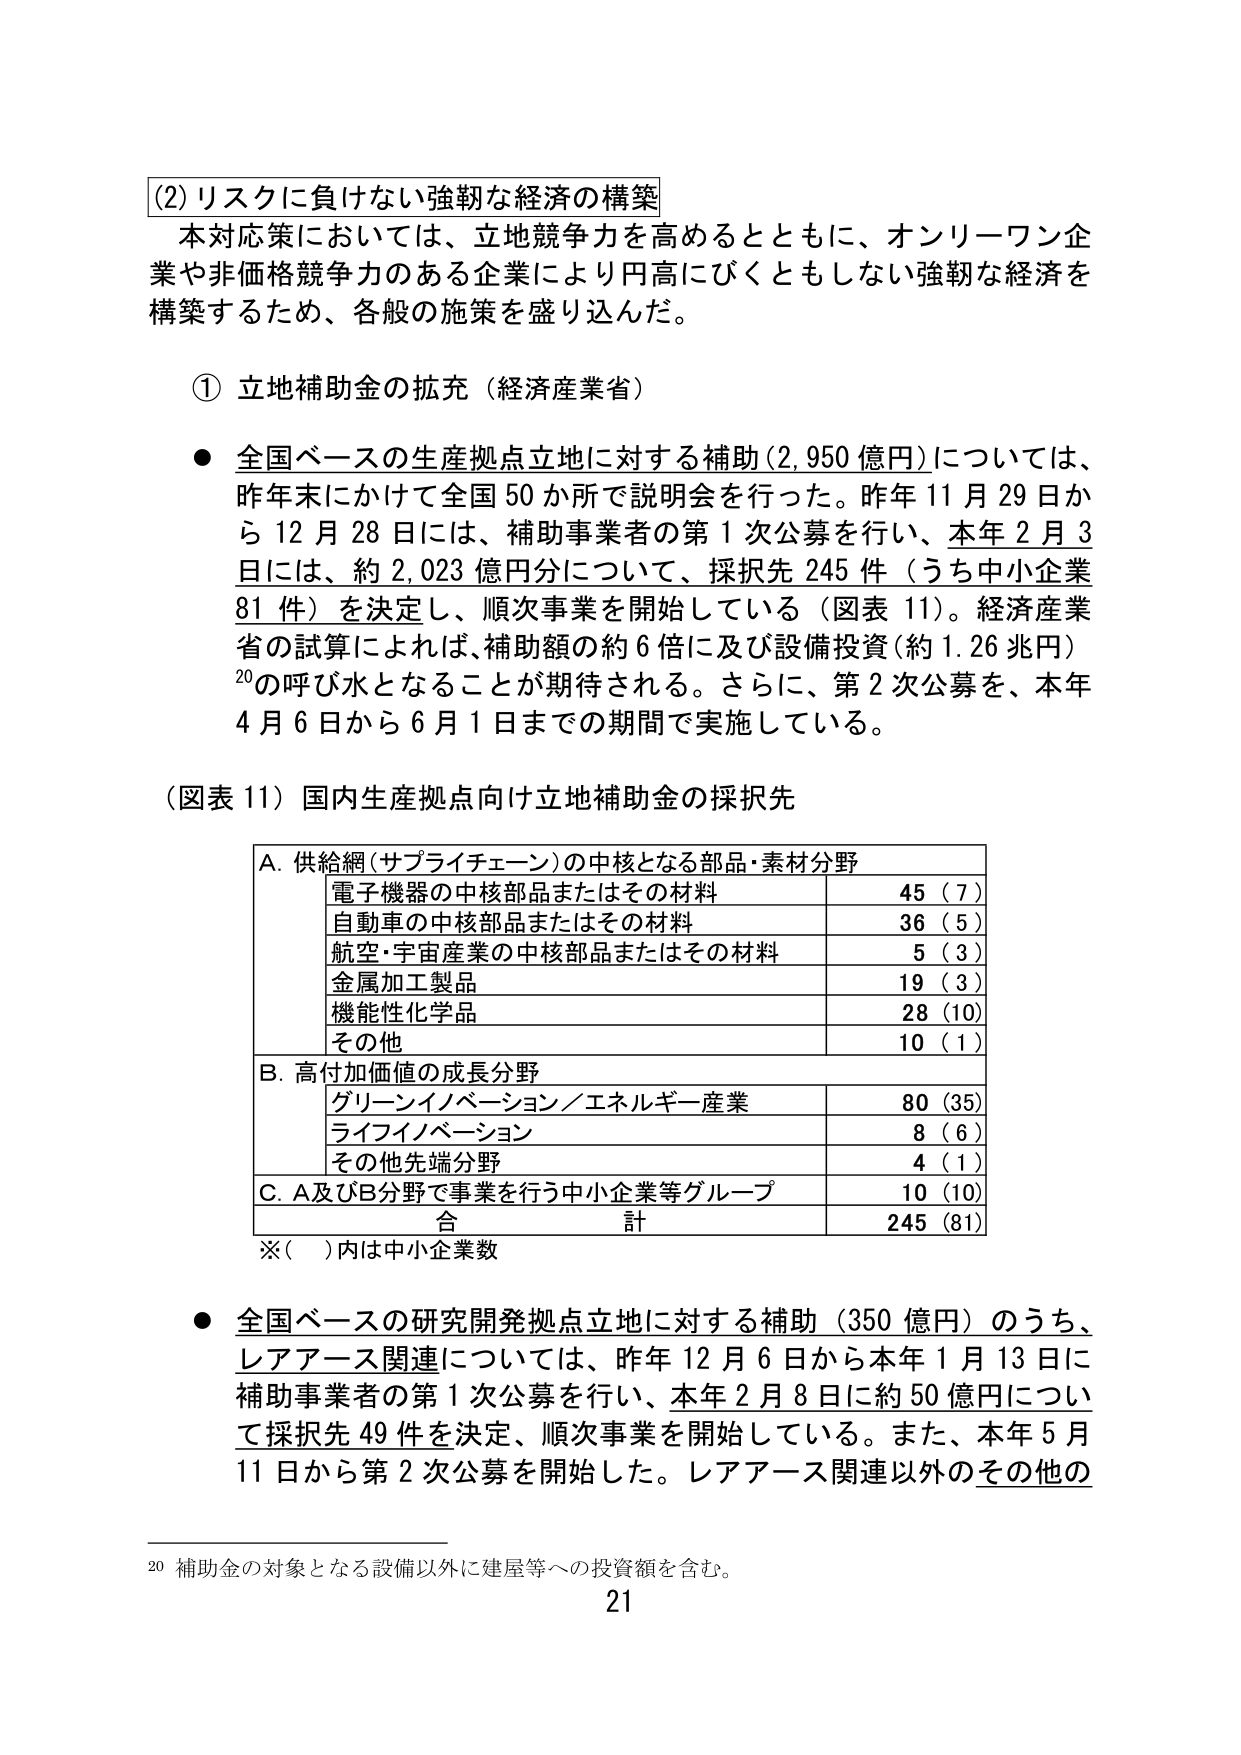
(2) リスクに負けない強靭な経済の構築
本対応策においては、立地競争力を高めるとともに、オンリーワン企業や非価格競争力のある企業により円高にびくともしない強靭な経済を構築するため、各般の施策を盛り込んだ。

① 立地補助金の拡充（経済産業省）
● 全国ベースの生産拠点立地に対する補助（2,950 億円）については、昨年末にかけて全国 50 か所で説明会を行った。昨年 11 月 29 日から 12 月 28 日には、補助事業者の第 1 次公募を行い、本年 2 月 3 日には、約 2,023 億円分について、採択先 245 件（うち中小企業 81 件）を決定し、順次事業を開始している（図表 11）。経済産業省の試算によれば、補助額の約 6 倍に及び設備投資（約 1.26 兆円）の呼び水となることが期待される。さらに、第 2 次公募を、本年 4 月 6 日から 6 月 1 日までの期間で実施している。

（図表 11）国内生産拠点向け立地補助金の採択先
A. 供給網（サプライチェーン）の中核となる部品・素材分野
　　電子機器の中核部品またはその材料　　　　　　　45（7）
　　自動車の中核部品またはその材料　　　　　　　　36（5）
　　航空・宇宙産業の中核部品またはその材料　　　　5（3）
　　金属加工製品　　　　　　　　　　　　　　　　　19（3）
　　機能性化学品　　　　　　　　　　　　　　　　　28（10）
　　その他　　　　　　　　　　　　　　　　　　　　10（1）
B. 高付加価値の成長分野
　　グリーンイノベーション／エネルギー産業　　　　80（35）
　　ライフイノベーション　　　　　　　　　　　　　8（6）
　　その他先端分野　　　　　　　　　　　　　　　　4（1）
C. A及びB分野で事業を行う中小企業等グループ　　　10（10）
　　合　　計　　　　　　　　　　　　　　　　　　245（81）
※（　）内は中小企業数

● 全国ベースの研究開発拠点立地に対する補助（350 億円）のうち、レアアース関連については、昨年 12 月 6 日から本年 1 月 13 日に補助事業者の第 1 次公募を行い、本年 2 月 8 日に約 50 億円について採択先 49 件を決定、順次事業を開始している。また、本年 5 月 11 日から第 2 次公募を開始した。レアアース関連以外のその他の

20 補助金の対象となる設備以外に建屋等への投資額を含む。
21